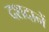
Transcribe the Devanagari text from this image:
दशदानें